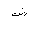
Letter: _dad